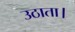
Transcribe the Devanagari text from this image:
उठाता।